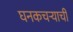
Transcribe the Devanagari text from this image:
घनकचर्‍याची